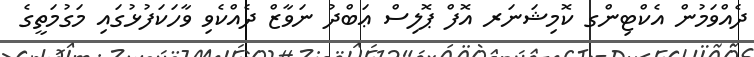
ދެއްވަމުން އެކްޓިންގ ކޮމިޝަނަރ އޮފް ޕޮލިސް ޢަބްދު ނަވާޒް ދެއްކެވި ވާހަކަފުޅުގައި މަގުމަތީގެ